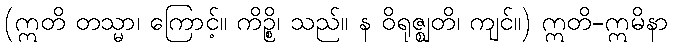
(ဣတိ တသ္မာ၊ ကြောင့်။ ကိဉ္စိ၊ သည်။ န ဝိရုဇ္ဈတိ၊ ကျင်။) ဣတိ-ဣမိနာ